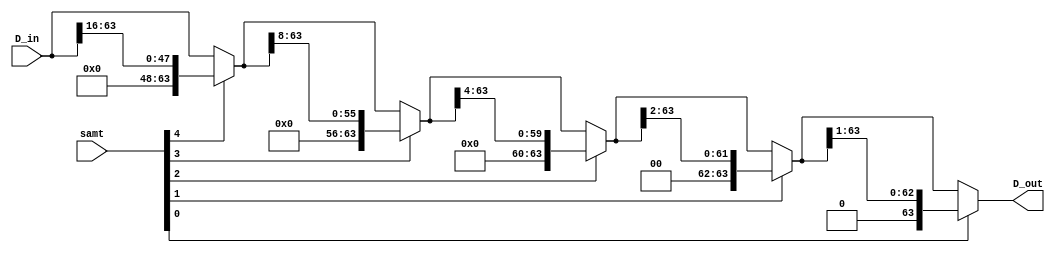
`timescale 1ns / 1ps
//////////////////////////////////////////////////////////////////////////////////
// Company: 
// Engineer: 
// 
// Design Name: 
// Module Name:    barrel_shift_right 
// Project Name: 
// Target Devices: 
// Tool versions: 
// Description: 
//
// Dependencies: 
//
// Revision: 
// Revision 0.01 - File Created
// Additional Comments: 
//
//////////////////////////////////////////////////////////////////////////////////
module barrel_shift_right(D_in, samt, D_out);
    
input [63:0] D_in;
input [4:0] samt;
wire [63:0]  b_stage_3, b_stage_2, b_stage_1, b_stage_0;
output wire [63:0] D_out;


assign b_stage_3 = samt[4] ? {16'b0, D_in[63:16]}       : D_in;
assign b_stage_2 = samt[3] ? {8'b0,  b_stage_3[63:8]}   : b_stage_3;
assign b_stage_1 = samt[2] ? {4'b0,  b_stage_2[63:4]}   : b_stage_2;
assign b_stage_0 = samt[1] ? {2'b0,  b_stage_1[63:2]}   : b_stage_1;
assign D_out     = samt[0] ? {1'b0,  b_stage_0[63:1]}   : b_stage_0; 

endmodule